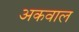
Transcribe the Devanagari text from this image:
अकवाल